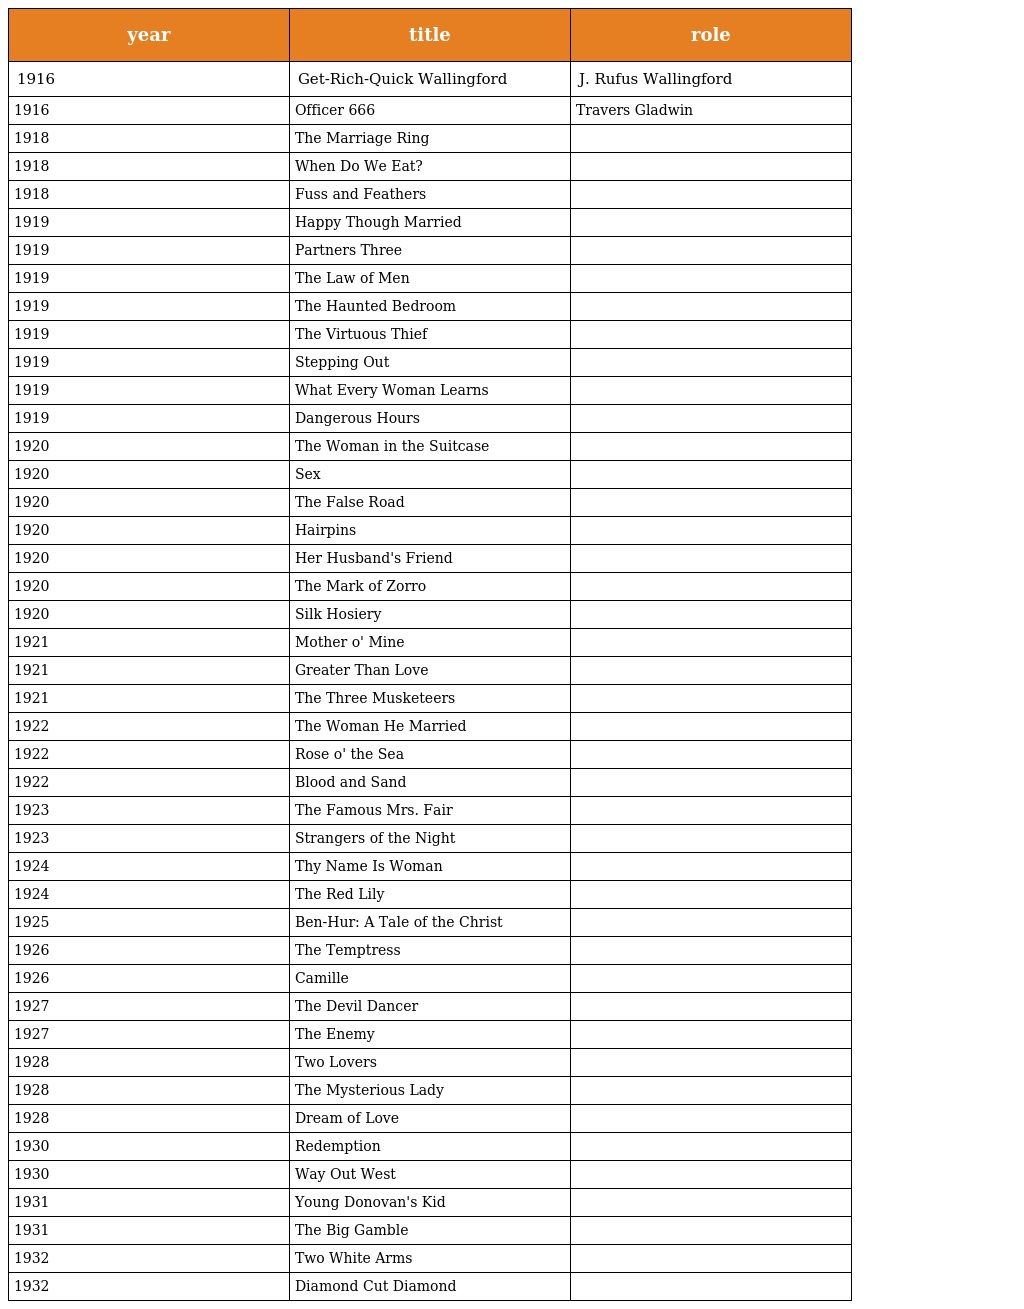
| year | title | role |
 | --- | --- | --- |
 | 1916 | Get-Rich-Quick Wallingford | J. Rufus Wallingford |
 | 1916 | Officer 666 | Travers Gladwin |
 | 1918 | The Marriage Ring |  |
 | 1918 | When Do We Eat? |  |
 | 1918 | Fuss and Feathers |  |
 | 1919 | Happy Though Married |  |
 | 1919 | Partners Three |  |
 | 1919 | The Law of Men |  |
 | 1919 | The Haunted Bedroom |  |
 | 1919 | The Virtuous Thief |  |
 | 1919 | Stepping Out |  |
 | 1919 | What Every Woman Learns |  |
 | 1919 | Dangerous Hours |  |
 | 1920 | The Woman in the Suitcase |  |
 | 1920 | Sex |  |
 | 1920 | The False Road |  |
 | 1920 | Hairpins |  |
 | 1920 | Her Husband's Friend |  |
 | 1920 | The Mark of Zorro |  |
 | 1920 | Silk Hosiery |  |
 | 1921 | Mother o' Mine |  |
 | 1921 | Greater Than Love |  |
 | 1921 | The Three Musketeers |  |
 | 1922 | The Woman He Married |  |
 | 1922 | Rose o' the Sea |  |
 | 1922 | Blood and Sand |  |
 | 1923 | The Famous Mrs. Fair |  |
 | 1923 | Strangers of the Night |  |
 | 1924 | Thy Name Is Woman |  |
 | 1924 | The Red Lily |  |
 | 1925 | Ben-Hur: A Tale of the Christ |  |
 | 1926 | The Temptress |  |
 | 1926 | Camille |  |
 | 1927 | The Devil Dancer |  |
 | 1927 | The Enemy |  |
 | 1928 | Two Lovers |  |
 | 1928 | The Mysterious Lady |  |
 | 1928 | Dream of Love |  |
 | 1930 | Redemption |  |
 | 1930 | Way Out West |  |
 | 1931 | Young Donovan's Kid |  |
 | 1931 | The Big Gamble |  |
 | 1932 | Two White Arms |  |
 | 1932 | Diamond Cut Diamond |  |